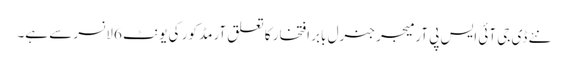
نئے ڈی جی آئی ایس پی آر میجر جنرل بابر افتخار کا تعلق آرمڈ کور کی یونٹ 6 لانسر سے ہے۔